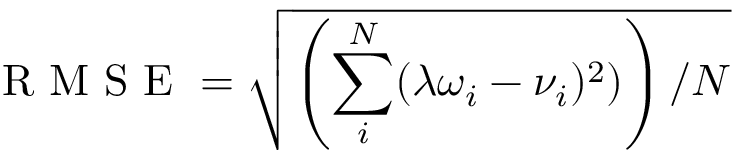
\textrm { R M S E } = \sqrt { \left( \sum _ { i } ^ { N } ( \lambda \omega _ { i } - \nu _ { i } ) ^ { 2 } ) \right) / N }